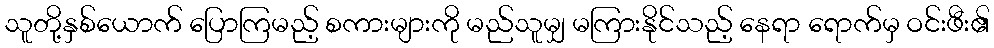
သူတို့နှစ်ယောက် ပြောကြမည့် စကားများကို မည်သူမျှ မကြားနိုင်သည့် နေရာ ရောက်မှ ဝင်းဖီး၏